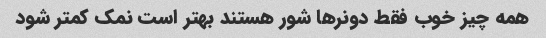
همه چیز خوب فقط دونرها شور هستند بهتر است نمک کمتر شود